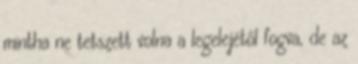
mintha ne tetszett volna a legelejétől fogva, de az